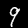
Label: 9